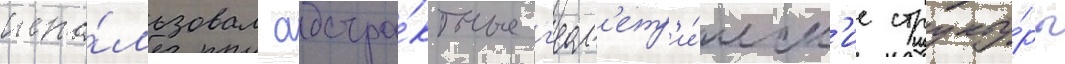
испо́льзовал абстра́ктные г'еом'етр'и́ческ'ие структу́ры